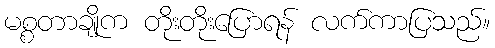
မစ္စတာချိုက တိုးတိုးပြောရန် လက်ကာပြသည်။